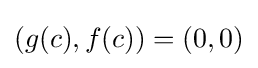
(g(c),f(c))=(0,0)